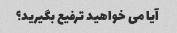
آیا می خواهید ترفیع بگیرید؟